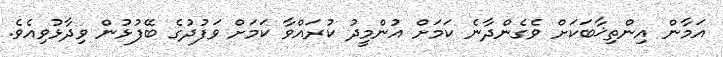
އަމާން އިންތިޚާބަކަށް ވެގެންދާނެ ކަމަށް އުންމީދު ކުރައްވާ ކަމަށް ވަފުދުގެ ބޭފުޅުން ވިދާޅުވިއެވެ.